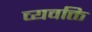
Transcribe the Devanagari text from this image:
व्यवक्ति